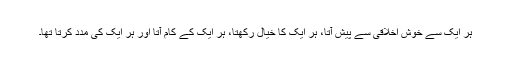
ہر ایک سے خوش اخلاقی سے پیش آتا، ہر ایک کا خیال رکھتا، ہر ایک کے کام آتا اور ہر ایک کی مدد کرتا تھا۔